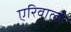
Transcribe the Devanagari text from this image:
एरिवाली